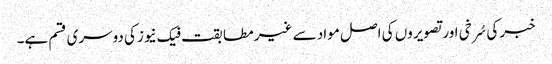
خبر کی سُرخی اور تصویروں کی اصل مواد سے غیر مطابقت فیک نیوزکی دوسری قسم ہے۔